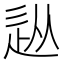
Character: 𨑢